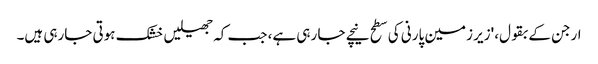
ارجن کے بقول، 'زیر زمین پارنی کی سطح نیچے جا رہی ہے، جب کہ جھیلیں خشک ہوتی جارہی ہیں۔